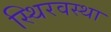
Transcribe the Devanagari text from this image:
स्थिरवस्था